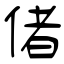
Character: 偖